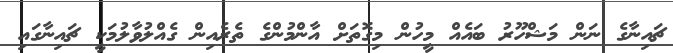
ޗައިނާގެ ނަން މަޝްހޫރު ބައެއް މީހުން މިގޮތަށް އާންމުންގެ ތެރެއިން ގެއްލުވާލުމަކީ ޗައިނާގައި